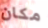
مكان